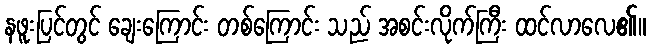
နဖူးပြင်တွင် ချေးကြောင်း တစ်ကြောင်း သည် အစင်းလိုက်ကြီး ထင်လာလေ၏။